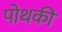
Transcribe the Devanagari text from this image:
पोथकी